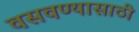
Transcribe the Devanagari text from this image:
वसवण्यासाठी